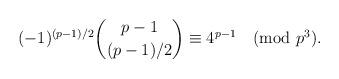
LaTeX: \begin{align*}(-1)^{(p-1)/2}\binom{p-1}{(p-1)/2}\equiv 4^{p-1} \pmod{p^3}.\end{align*}